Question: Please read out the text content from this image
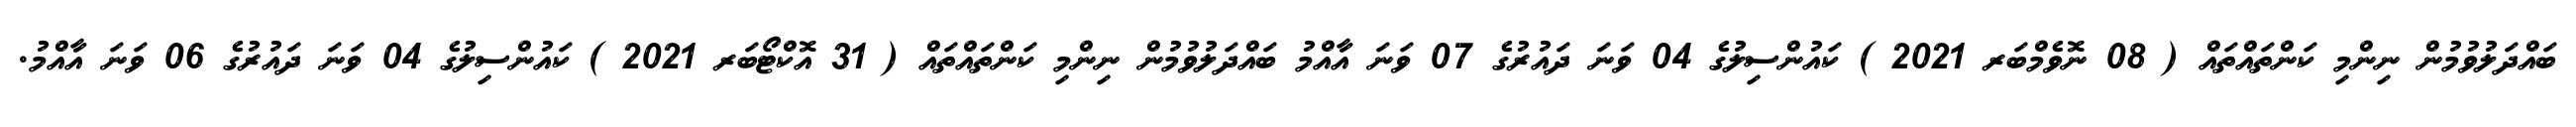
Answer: ބައްދަލުވުމުން ނިންމި ކަންތައްތައް ( 08 ނޮވެމްބަރ 2021 ) ކައުންސިލުގެ 04 ވަނަ ދައުރުގެ 07 ވަނަ އާއްމު ބައްދަލުވުމުން ނިންމި ކަންތައްތައް ( 31 އޮކްޓޯބަރ 2021 ) ކައުންސިލުގެ 04 ވަނަ ދައުރުގެ 06 ވަނަ އާއްމު.